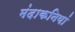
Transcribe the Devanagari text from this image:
मंदाकनियां